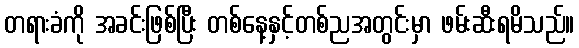
တရားခံကို အခင်းဖြစ်ပြီး တစ်နေ့နှင့်တစ်ညအတွင်းမှာ ဖမ်းဆီးရမိသည်။